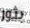
بثور